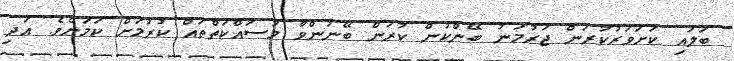
ބަލައި ކަށަވަރުކުރަން ޖަރުމަނު ބޭންކުން ކުރަން ބޭނުންވާ މަސައްކަތްތައް ކުރުމަށް ކަމަށެވެ. އަދި